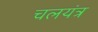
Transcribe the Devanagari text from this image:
चलयंत्र